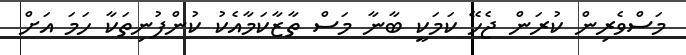
މަސްވެރިން ކުރަން ޖެހޭ ކަމަކީ ބާނާ މަސް ތާޒާކަމާއެކު ކުންފުނިތަކާ ހަމަ އަށް